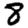
Digit: 8